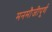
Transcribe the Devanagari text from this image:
मनमौजीपूर्ण